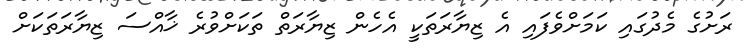
ރަށުގެ މެދުގައި ކަމަށްވެފައި އެ ޒިޔާރަތަކީ އެހެން ޒިޔާރަތް ތަކަށްވުރެ ޚާއްސަ ޒިޔާރަތަކަށް